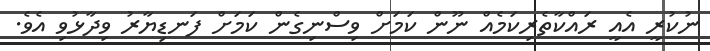
ނުކުރީ އެއީ ރައްކާތެރިކަމެއް ނޫން ކަމަށް ވިސްނިގެން ކަމަށް ފަނޑިޔާރު ވިދާޅުވި އެވެ.